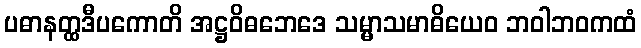
ပဓာနတ္ထဒီပကောတိ အဋ္ဌဝိဓဘေဒေ သမ္မာသမာဓိယေဝ ဘဝါဘဝကထံ